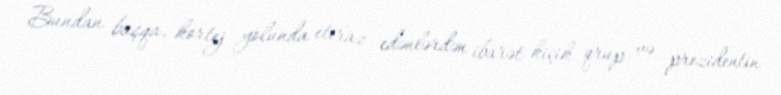
Bundan başqa, kortej yolunda etiraz edənlərdən ibarət kiçik qrup və prezidentin